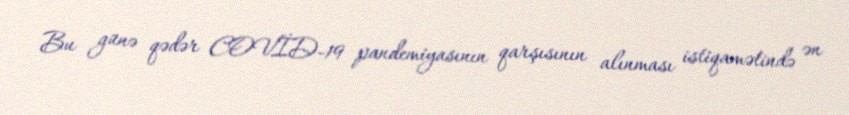
Bu günə qədər COVİD-19 pandemiyasının qarşısının alınması istiqamətində ən